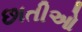
છાતીઓ